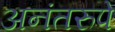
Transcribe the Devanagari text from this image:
अनंतरुपे